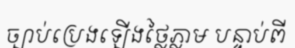
ច្បាប់ប្រេងឡើងថ្លៃភ្លាម បន្ទាប់ពី